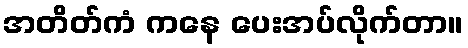
အတိတ်ကံ ကနေ ပေးအပ်လိုက်တာ။